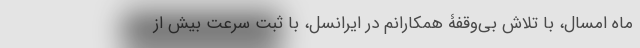
ماه امسال، با تلاش بی‌وقفۀ همکارانم در ایرانسل، با ثبت سرعت بیش از